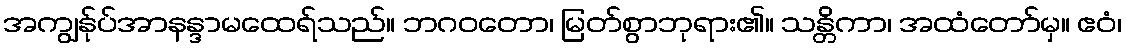
အကျွန်ုပ်အာနန္ဒာမထေရ်သည်။ ဘဂဝတော၊ မြတ်စွာဘုရား၏။ သန္တိကာ၊ အထံတော်မှ။ ဧဝံ၊